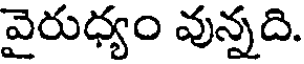
వైరుధ్యం వున్నది.